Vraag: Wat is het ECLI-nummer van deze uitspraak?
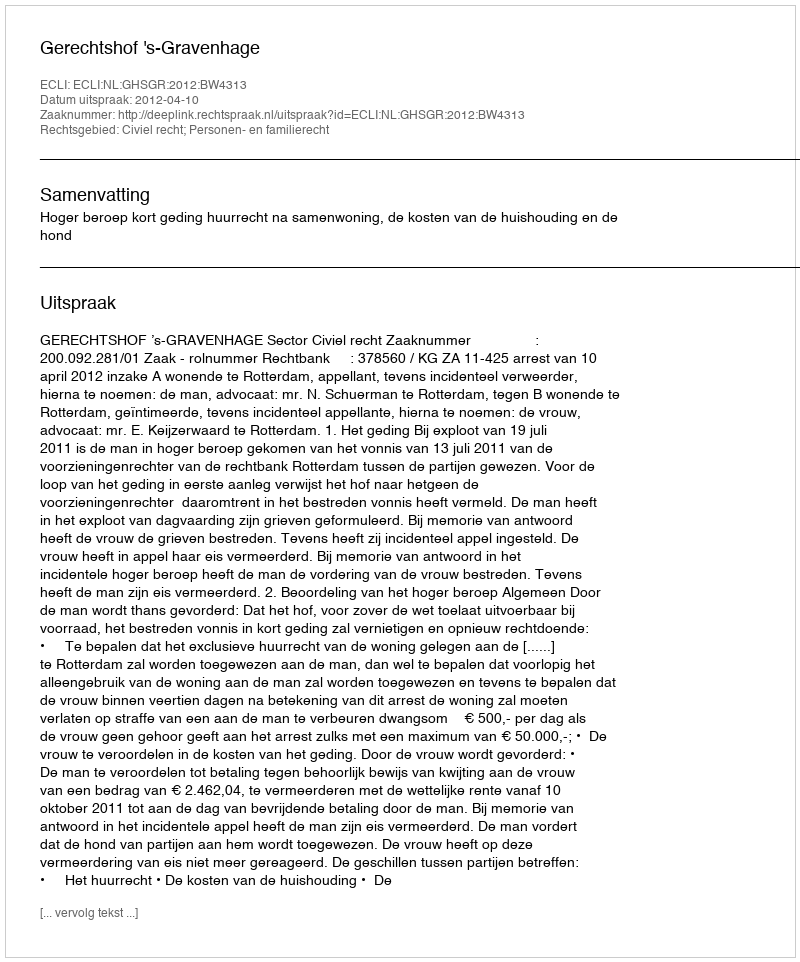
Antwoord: ECLI:NL:GHSGR:2012:BW4313